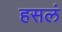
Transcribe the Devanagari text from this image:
हसलं